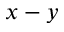
x - y